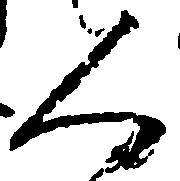
人